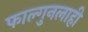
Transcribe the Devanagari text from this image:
फाल्गुनलाही